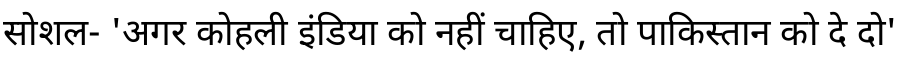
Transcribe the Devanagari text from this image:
सोशल- 'अगर कोहली इंडिया को नहीं चाहिए, तो पाकिस्तान को दे दो'